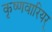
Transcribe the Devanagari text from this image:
कृष्णवारियर्